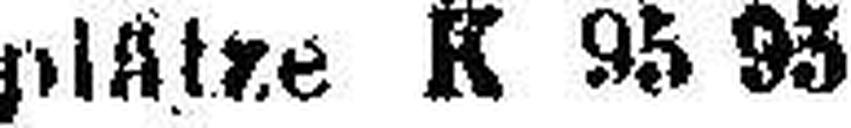
plätze K 95 93